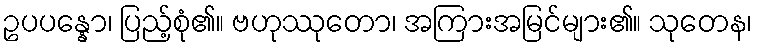
ဥပပန္နော၊ ပြည့်စုံ၏။ ဗဟုဿုတော၊ အကြားအမြင်များ၏။ သုတေန၊